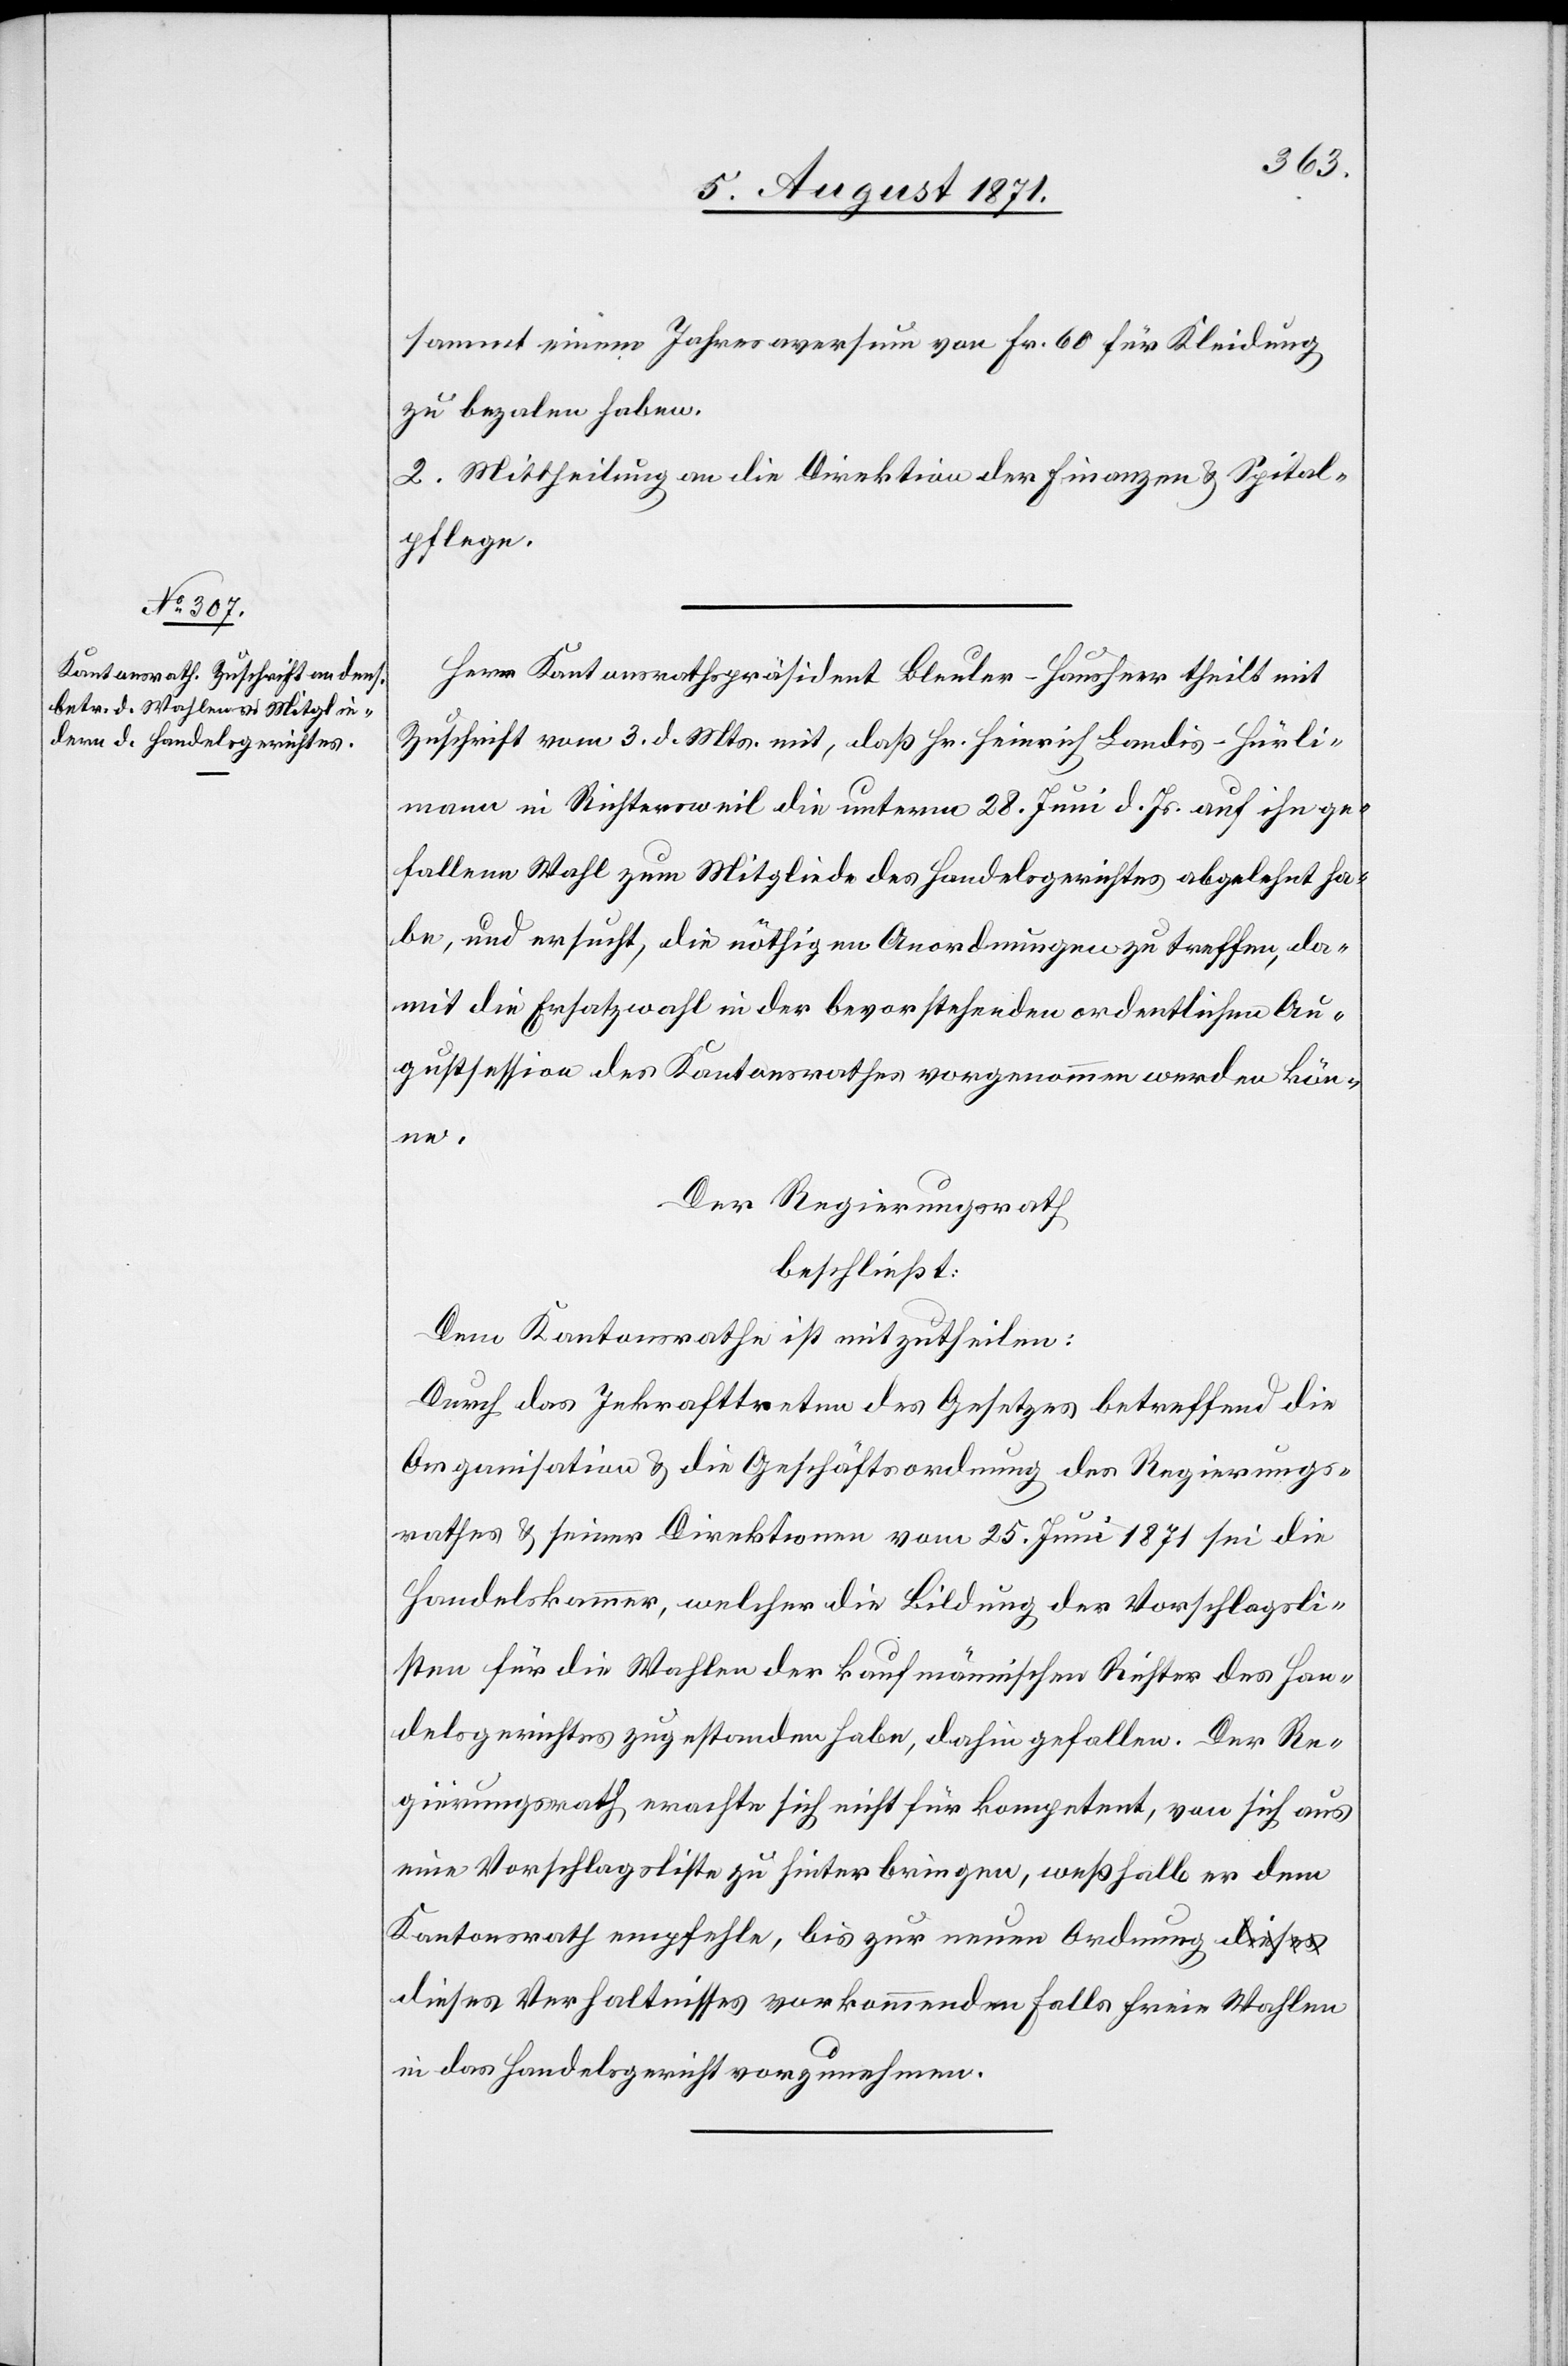
sammt einem Jahresaversum von Fr. 60 für Kleidung
zu bezalen haben.
2. Mittheilung an die Direktion der Finanzen u. Spital¬
pflege.
Herr Kantonsrathspräsident Bleuler-Hausherr theilt mit
Zuschrift vom 3. d. Mts. mit, daß Hr. Heinrich Landis-Hürli¬
mann in Richtersweil die unterm 28. Juni d. Js. auf ihn ge¬
fallene Wahl zum Mitgliede des Handelsgerichtes abgelehnt ha¬
be, und ersucht, die nöthigen Anordnungen zu treffen, da¬
mit die Ersatzwahl in der bevorstehenden ordentlichen Au¬
gustsession des Kantonsrathes vorgenommen werden kön¬
ne.
Der Regierungsrath
beschließt:
Dem Kantonsrathe ist mitzutheilen:
Durch das Inkrafttreten des Gesetzes betreffend die
Organisation u. die Geschäftsordnung des Regierungs¬
rathes u. seiner Direktionen vom 25. Juni 1871 sei die
Handelskammer, welcher die Bildung der Vorschlagsli¬
sten für die Wahlen der kaufmännischen Richter des Han¬
delsgerichtes zugestanden habe, dahin gefallen. Der Re¬
gierungsrath erachte sich nicht für kompetent, von sich aus
eine Vorschlagsliste zu hinterbringen, weßhalb er dem
Kantonsrath empfehle, bis zur neuen Ordnung d¬
ieses Verhältnisses vorkommenden Falls freie Wahlen
in das Handelsgericht vorzunehmen.